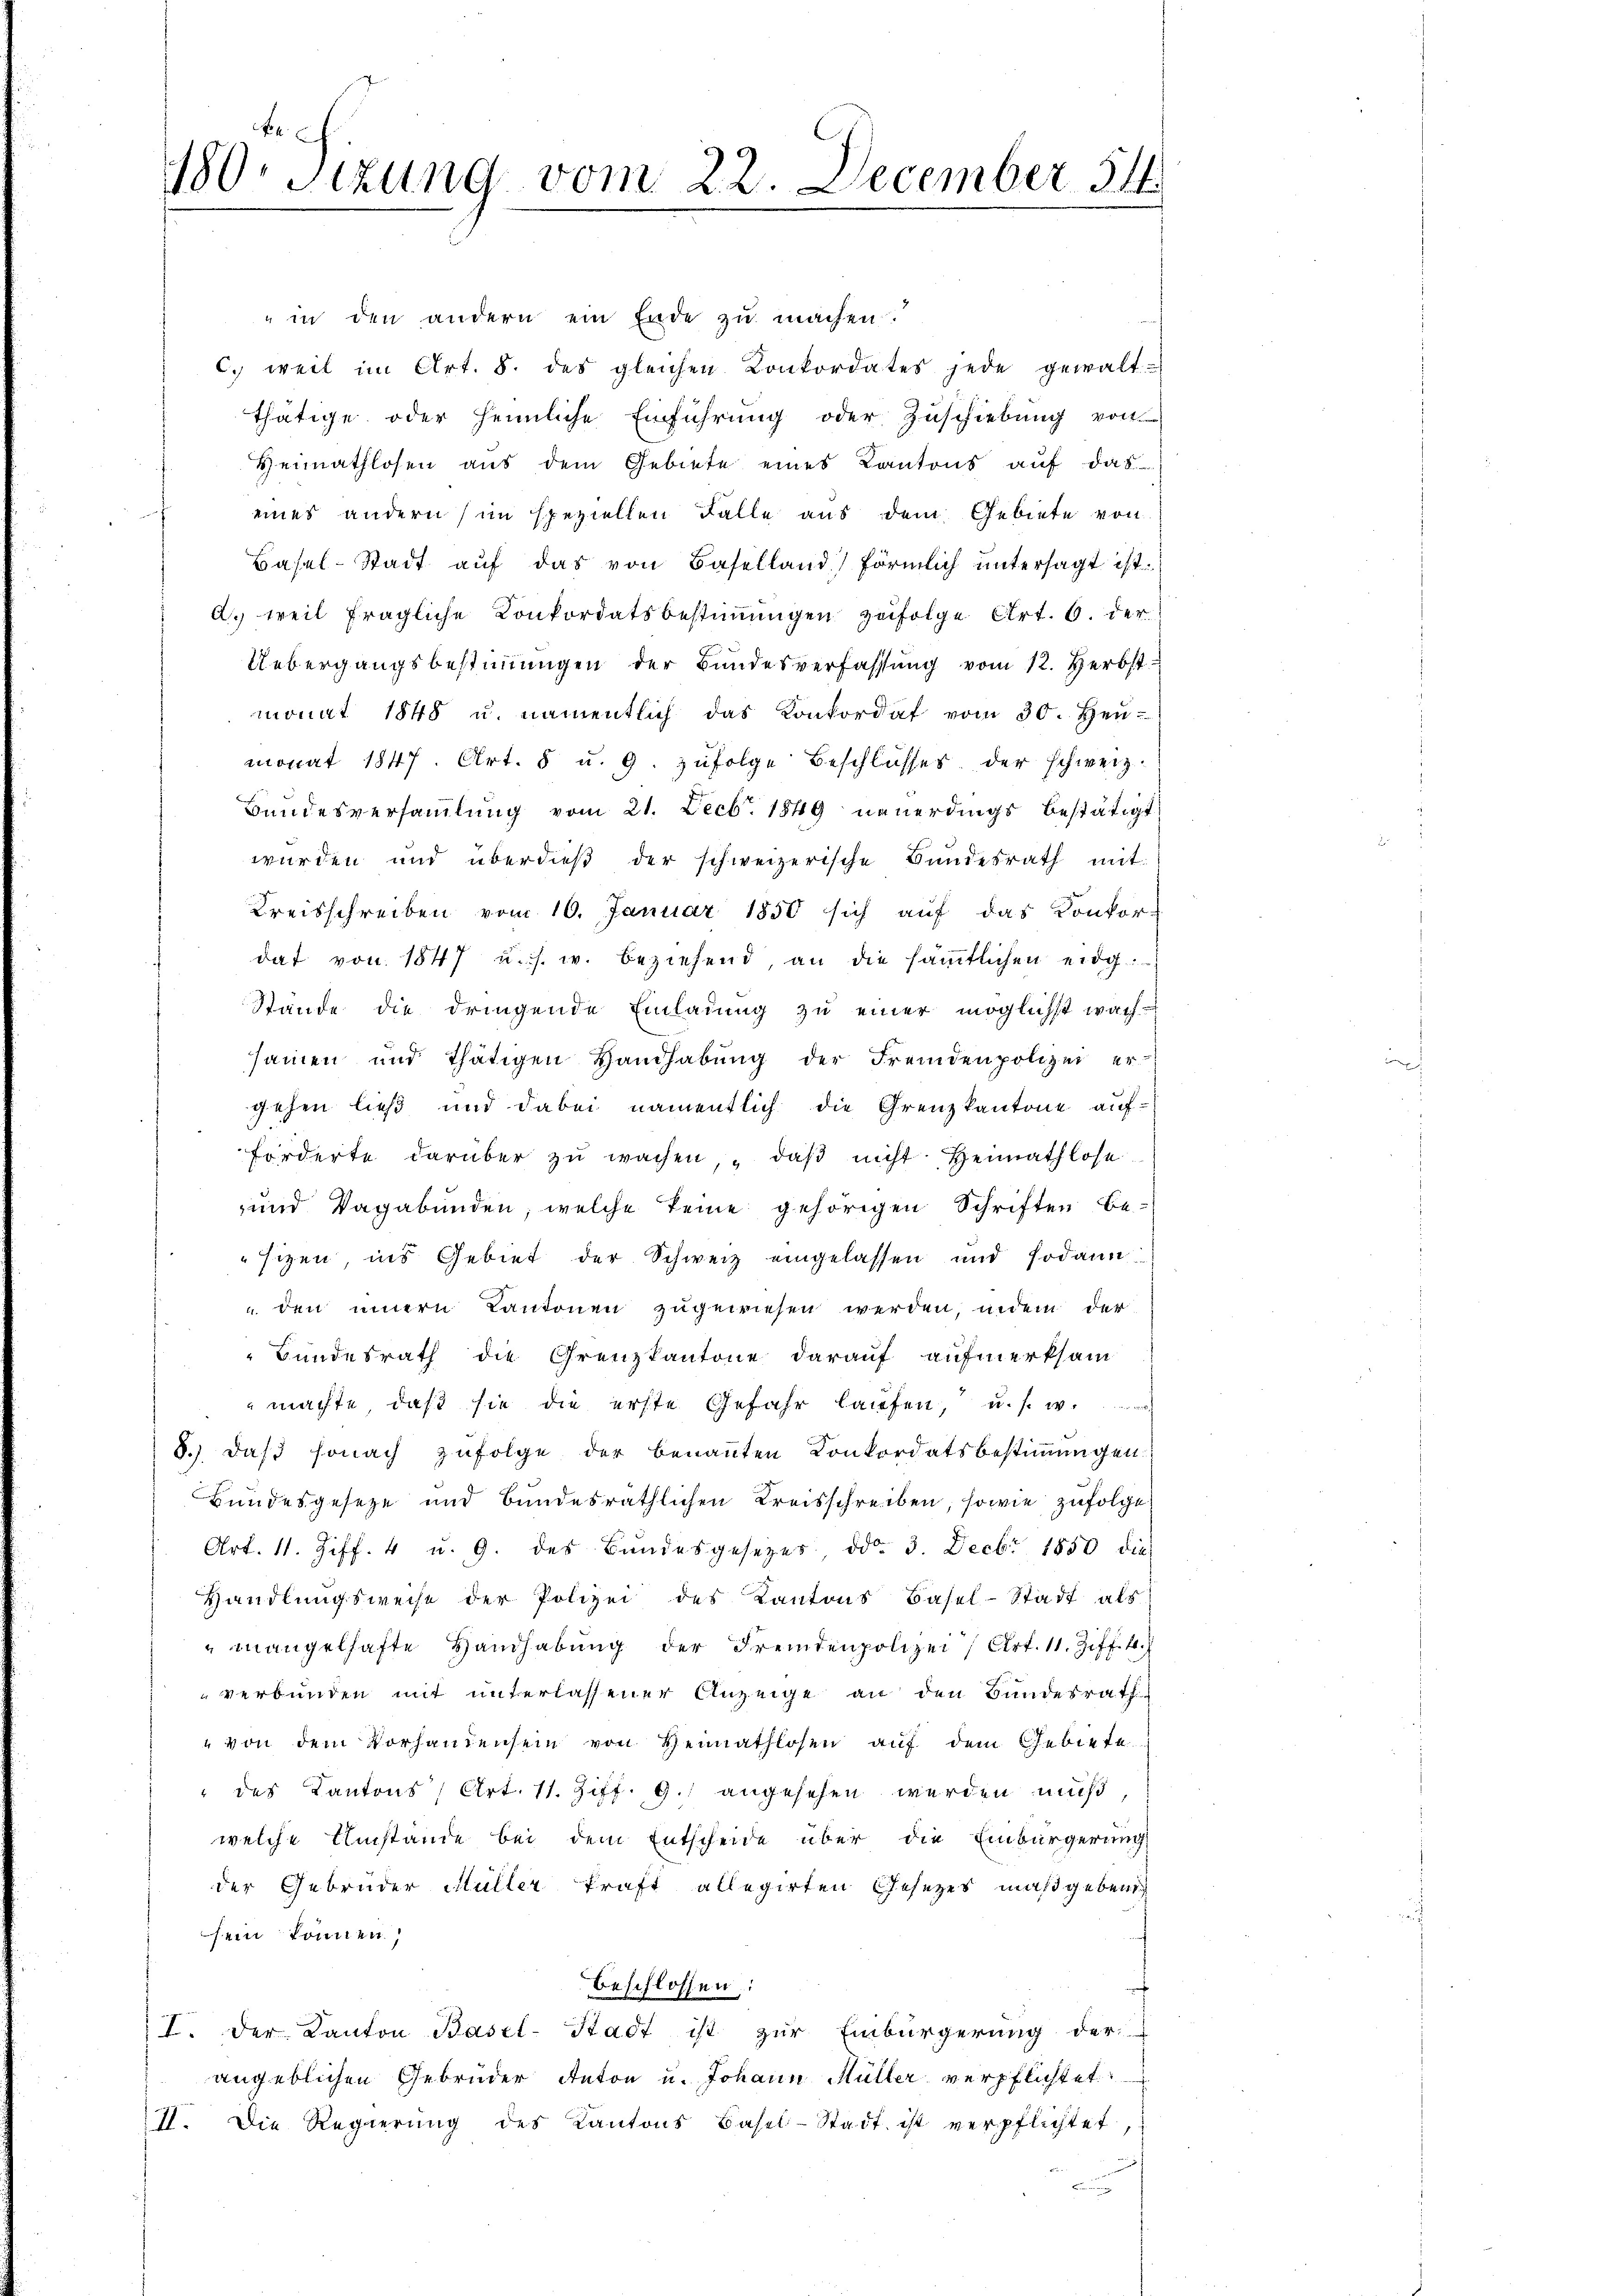
F
180. Sizung vom 22. December 54

" in den andern ein Ende zu machen.
c. weil im Art. 8. des gleichen Konkordates jede gewalt-
thätige oder heimliche Einführung oder Zuschiebung von
Heimathlosen aŭs dem Gebiete eines Kantons aŭf das
einer andern (im speziellen Falle aus dem Gebiete von
Basel-Stadt auf das von Baselland förmlich untersagt ist.
d) weil fragliche Konkordatsbestimmungen zufolge Art. 6 der
Uebergangsbestimmungen der Bundesverfassung vom 12. Herbst
monat 1848 u. namentlich das Konkordat vom 30. Heu-
monat 1847. Art. 8 u. 9. zufolge Beschlusses der schweiz.
Bundesversammlung vom 21. Decbr. 1849 neuerdings bestätigt
wurden und überdieβ der schweizerische Bundesrath mit
Kreisschreiben vom 16. Januar 1850 sich auf das Konkor-
dat von 1847 u. s. w. beziehend, an die sämtlichen eidg.
s
Stände die dringende Einladung zu einer möglichst wachsammen und thätigen Handhabung der Fremdenpolizei er
gehen ließ und dabei namentlich die Grenzkantone auf-
förderte darüber zu wachen, daβ nicht Heimathlose
und Vagabunden, welche keine gehörigen Schriften be-
sizen ins Gebiet der Schweiz eingelassen und sodann
 den innern Cantonen zugewiesen werden, indem der
Bundesrath die Grenzkantone darauf aufmerksam
machte, daß sie die erste Gefahr laufen, u. s. w.
8.), daß sonach zufolge der benannten Konkordatsbestimmungen.
Bundesgeseze und bundesräthlichen Kreisschreiben, sowie zufolge
Art. 11. Ziff. 4 u. 9. des Bundesgesetzes, ddo. 3. Decbr. 1850 die
Handlungsweise der Polizei des Kantons Basel-Stadt als
"mangelhafte Handhabŭng der Fremdenpolizei, Art. 11. Ziff. 4.
verbunden mit unterlassener Anzeige an den Bundesrath
" von dem Vorhandensein von Heimathlosen auf dem Gebiete
 des Kantons, Art. 11. Ziff. 9. angesehen werden muß
welche Umstände bei dem Entscheide über die Einbürgerung
der Gebrüder Müller kraft allegirten Gesetzes maßgeben
sein können,
beschlossen:
I. der Kanton Basel-Stadt ist zŭr Einbürgerung der
angeblichen Gebrüder Anton u. Johann Müller verpflichtet:
II. Die Regierŭng des Kantons Basel-Stadt ist verpflichtet,